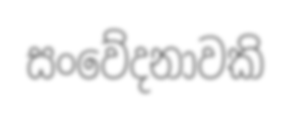
සංවේදනාවකි